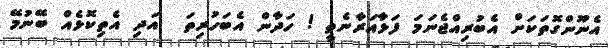
އެނޫންގޮތަކަށް އެބުރިއްޖެނަމަ ފަޅާއަރާނެތީ ! ހަދާން އެބަހުރިތަ  އަދި އެތިކޮޅެއް ބޭނުމޭ